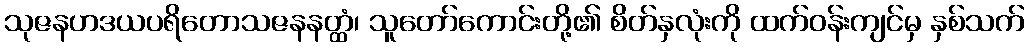
သုဇနဟဒယပရိတောသဇနနတ္ထံ၊ သူတော်ကောင်းတို့၏ စိတ်နှလုံးကို ထက်ဝန်းကျင်မှ နှစ်သက်